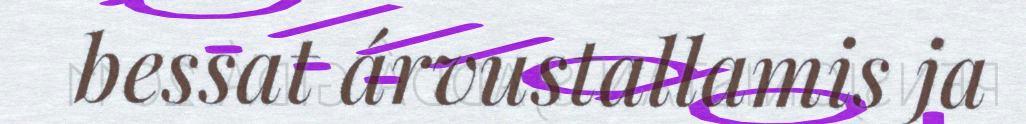
bessat árvustallamis ja